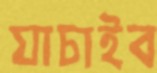
যাচাইব